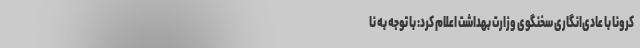
کرونا با عادی‌انگاری سخنگوی وزارت بهداشت اعلام کرد: با توجه به نا